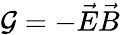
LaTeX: \mathcal{G}=-\vec{E}\vec{B}